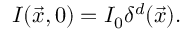
I ( \vec { x } , 0 ) = I _ { 0 } \delta ^ { d } ( \vec { x } ) .